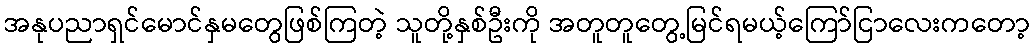
အနုပညာရှင်မောင်နှမတွေဖြစ်ကြတဲ့ သူတို့နှစ်ဦးကို အတူတူတွေ့မြင်ရမယ့်ကြော်ငြာလေးကတော့